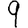
Digit: 9